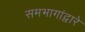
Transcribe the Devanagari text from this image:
समभागांद्वारे